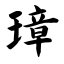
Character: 璋